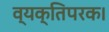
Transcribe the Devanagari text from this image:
व्यक्तिपरक।